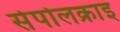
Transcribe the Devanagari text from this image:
सेपोलक्राइ